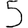
Digit: 5